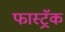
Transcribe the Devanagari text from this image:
फास्ट्रॅक